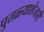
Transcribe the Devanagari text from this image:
पुतळ्याशेजारी